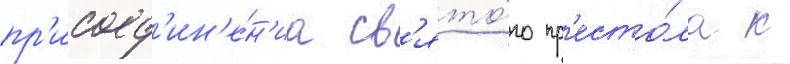
пр'исоед'ин'е́н'иа св'ято́го пр'есто́ла к